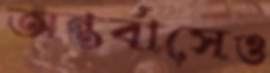
অন্তর্বাসেও